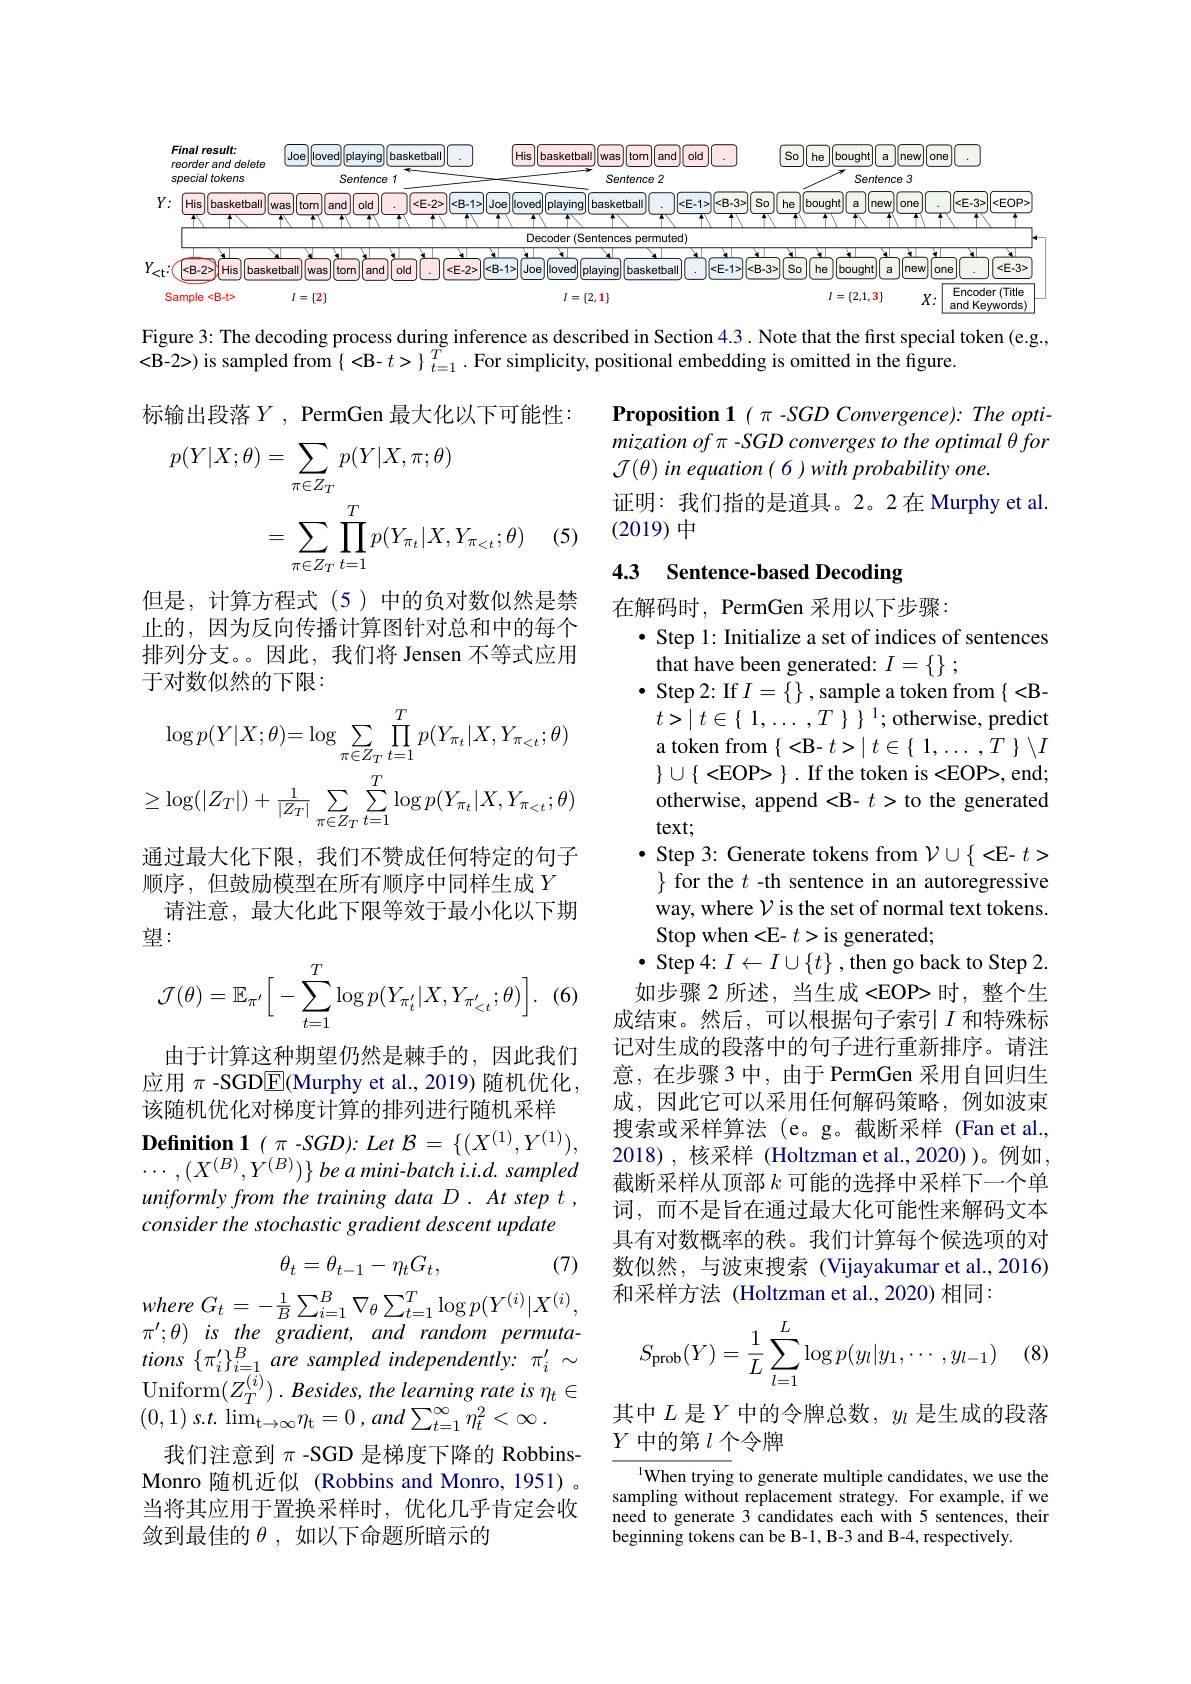
<FigureHere>

Figure 3: The decoding process during inference as described in Section 4.3 . Note that the first special token (e.g.,
<B-2>) is sampled from$\left\{<\mathbf{B}-t>\right\}_{t=1}^{T}.$For simplicity, positional embedding is omitted in the figure.

标输出段落$Y$, PermGen 最大化以下可能性：

Proposition 1( π -SGD Convergence): The optimization of π -SGD converges to the optimal θ for $\mathcal{J}(\theta)$ in equation ( 6 ) with probability one.
证明：我们指的是道具。2。2在 Murphy et al.
(2019)中
$$\begin{aligned}p(Y|X;\theta)&=\sum_{\pi\in Z_{T}}p(Y|X,\pi;\theta)\\&=\sum_{\pi\in Z_{T}}\prod_{t=1}^{T}p(Y_{\pi_{t}}|X,Y_{\pi_{<t}};\theta)\end{aligned}$$
(5)

### 4.3 Sentence-based Decoding

但是，计算方程式(5)中的负对数似然是禁止的，因为反向传播计算图针对总和中的每个排列分支。因此，我们将 Jensen 不等式应用于对数似然的下限：
$$\log p(Y|X;\theta)=\log\sum_{\pi\in Z_{T}}\prod_{t=1}^{T}p(Y_{\pi_{t}}|X,Y_{\pi<t};\theta)\\\geq\log(|Z_{T}|)+\frac{1}{|Z_{T}|}\sum_{\pi\in Z_{T}}\sum_{t=1}^{T}\log p(Y_{\pi_{t}}|X,Y_{\pi_{<t}};\theta)$$
$t> \mid t\in \{$ $1, \ldots , T$ $\}$ $\} \:^{1};$otherwise, predict a token from $\{<\mathbf{B}-t>\mid t\in\{\begin{array}{c}1,\ldots,T\end{array}\}\setminus I$ $\}\cup\{<$EOP> $\}.$ If the token is <EOP>, end;

通过最大化下限，我们不赞成任何特定的句子顺序，但鼓励模型在所有顺序中同样生成$Y$
请注意，最大化此下限等效于最小化以下期
望：
$$\mathcal{J}(\theta)=\mathbb{E}_{\pi'}\Big[-\sum\limits_{t=1}^T\log p(Y_{\pi'_t}|X,Y_{\pi'_{<t}};\theta)\Big].$$
在解码时，PermGen 采用以下步骤：
$\bullet$ Step 1: Initialize a set of indices of sentences
that have been generated: $I=\left\{\right\};$
$\bullet$ Step 2: If $I=\{\}$,sample a token from $\{<$Botherwise, append <B- $t>$ to the generated text;
$\bullet$ Step 3: Generate tokens from $\mathcal{V}\cup\{<$E- $t>$ $\}$ for the $t$ -th sentence in an autoregressive way, where $\mathcal{V}$ is the set of normal text tokens. Stop when <E- $t>$is generated;
$\bullet$ Step 4: $I\leftarrow I\cup\{t\}$ , then go back to Step 2. 如步骤 2 所述，当生成<EOP>时，整个生成结束。然后，可以根据句子索引$I$ 和特殊标记对生成的段落中的句子进行重新排序。请注意，在步骤3中，由于PermGen 采用自回归生成，因此它可以采用任何解码策略，例如波束搜索或采样算法 (e。g。截断采样 (Fan et al. 2018),核采样 (Holtzman et al.,2020))。例如， 截断采样从顶部$k$可能的选择中采样下一个单词，而不是旨在通过最大化可能性来解码文本具有对数概率的秩。我们计算每个候选项的对数似然，与波束搜索(Vijayakumar et al.,2016) 和采样方法(Holtzman et al.,2020)相同：
$$S_{\text{prob}}(Y)=\dfrac{1}{L}\sum_{l=1}^{L}\log p(y_l|y_1,\cdots,y_{l-1})$$
(8)

(6

由于计算这种期望仍然是棘手的，因此我们应用$\pi$ -SGD$\boxed{\mathrm{E}}($Murphy et al.,2019)随机优化， 该随机优化对梯度计算的排列进行随机采样
$\textbf{Definition 1}( \pi - SGD) {: }Let$ $\mathcal{B} = \{ ( X^{( 1) }, Y^{( 1) }) $, $\cdots , ( X^{( B) }, Y^{( B) }) \} \textit{be a mini- batch i. i. d. sampled}$ uniformly from the training data D. At step t , consider the stochastic gradient descent update
$$\theta_t=\theta_{t-1}-\eta_tG_t,$$
(7)
$$G_{t}=-\frac{1}{B}\sum_{i=1}^{B}\nabla_{\theta}\sum_{t=1}^{T}\log p(Y^{(i)}|X^{(i)}$$
$\pi^{\prime};\theta)$ is the gradient, and random permuta- $tions~\{\pi_{i}^{\prime}\}_{i=1}^{B}~are~sampled~independently:~\pi_{i}^{\prime}~\sim$ Uniform$( Z_T^{( \bar{i} ) }) . \textit{Besides, the learning rate is }\eta _t\in$ (0,1) $s. t.$ $\operatorname* { lim} _{\mathrm{t} \to \infty }\eta _{\mathrm{t} }= 0$ , and $\sum _{t= 1}^{\infty }\eta _{t}^{2}< \infty$ .
我们注意到$\pi$ -SGD 是梯度下降的 RobbinsMonro 随机近似 (Robbins and Monro, 1951) 。当将其应用于置换采样时，优化几乎肯定会收敛到最佳的$\theta$,如以下命题所暗示的

其中$L$ 是$Y$ 中的令牌总数，$y_l$ 是生成的段落
$Y$中的第$l$个令牌

$^{1}$When trying to generate multiple candidates, we use the sampling without replacement strategy. For example, if we need to generate 3 candidates each with 5 sentences, their beginning tokens can be B-1, B-3 and B-4, respectively.